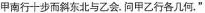
甲南行十步而斜东北与乙会。问甲乙行各几何，”